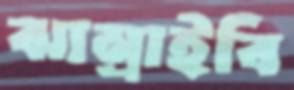
ঝাম্‌রাইবি